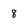
Character: 8